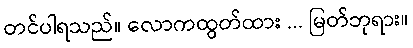
တင်ပါရသည်။ လောကထွတ်ထား ... မြတ်ဘုရား။